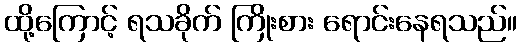
ထို့ကြောင့် ရသခိုက် ကြိုးစား ရောင်းနေရသည်။